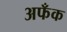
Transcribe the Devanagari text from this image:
अफँक